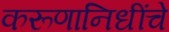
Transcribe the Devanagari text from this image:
करूणानिधींचे